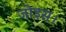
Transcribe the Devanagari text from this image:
जोइस।